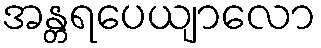
အန္တရပေယျာလော